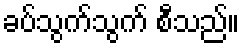
ခပ်သွက်သွက် စီသည်။